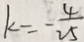
k = - \frac { 4 } { 2 5 }